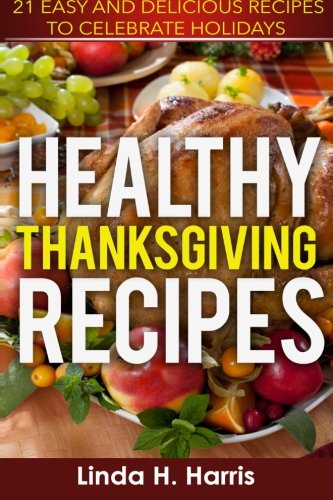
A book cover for Healthy Thanksgiving Recipes: 21 Easy and Delicious Recipes to Celebrate Holidays; Linda H. Harris; Cookbooks, Food & Wine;